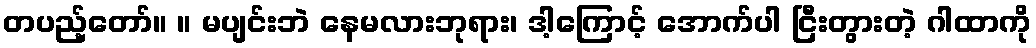
တပည့်တော်။ ။ မပျင်းဘဲ နေမလားဘုရား၊ ဒါ့ကြောင့် အောက်ပါ ငြီးတွားတဲ့ ဂါထာကို